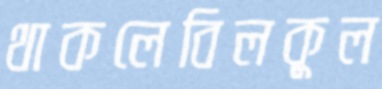
থাকলেবিলকুল